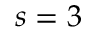
s = 3